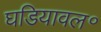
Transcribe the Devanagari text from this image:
घडियावल॰